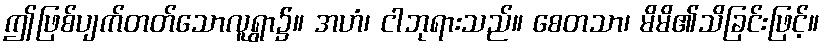
ဤဖြစ်ပျက်တတ်သောလူရွာ၌။ အဟံ၊ ငါဘုရားသည်။ စေတသာ၊ မိမိ၏သိခြင်းဖြင့်။